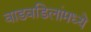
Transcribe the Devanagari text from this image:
वाडवडिलांमध्ये